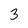
Character: 3